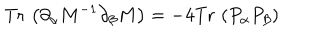
\mathrm { T r } \, \left( \partial _ { \alpha } M ^ { - 1 } \partial _ { \beta } M \right) = - 4 \mathrm { T r } \, \left( P _ { \alpha } P _ { \beta } \right)